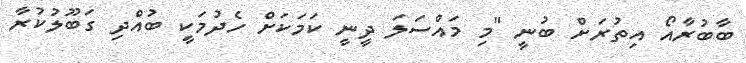
ބާބުރާއޯ އިތުރަށް ބުނީ "މި މައްސަލަ ދީނީ ކަމަކަށް ހެދުމަކީ ބުއްދި ގަބޫލުކުރާ